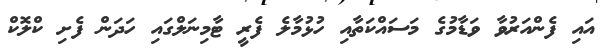
އައި ފެންއަރުވާ ވަޑާމުގެ މަސައްކަތާއި ހުޅުމާލެ ފެރީ ޓާމިނަލްގައި ހަދަން ފެށި ކްލޮކް